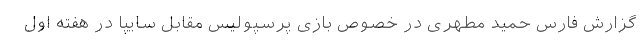
گزارش فارس حمید مطهری در خصوص بازی پرسپولیس مقابل سایپا در هفته اول